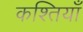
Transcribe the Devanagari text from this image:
कश्तियाँ